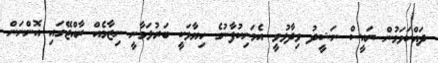
ދައްކަވަމުން ރައީސް ނަޝީދު ވިދާޅުވީ އެމަނިކުފާނުގެ ހިޔާލަކީ ބަރުލަމާނީ ނިޒާމެއް ރާއްޖޭގައި އޮންނަން